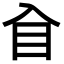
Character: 𥃮